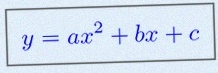
y=ax^2+bx+c